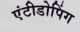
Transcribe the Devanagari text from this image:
एंटीडोपिंग